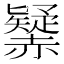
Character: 𧹾